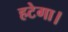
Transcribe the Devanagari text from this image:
हटेगा।